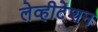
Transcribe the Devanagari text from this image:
लेव्हीटेशन